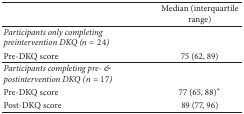
<table><thead><tr><td><b> </b></td><td><b>Median (interquartile range)</b></td></tr></thead><tbody><tr><td><i>Participants only completing preintervention DKQ (n</i> = 24)</td><td> </td></tr><tr><td>Pre-DKQ score </td><td>75 (62, 89)</td></tr><tr><td><i>Participants completing pre- &amp; postintervention DKQ (n</i> = 17)</td><td> </td></tr><tr><td>Pre-DKQ score </td><td>77 (65, 88)<sup><i>∗</i></sup></td></tr><tr><td>Post-DKQ score </td><td>89 (77, 96)</td></tr></tbody></table>